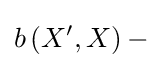
b\left(X^{\prime },X\right)-